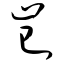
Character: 岂